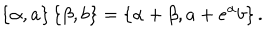
\left\{ \alpha , a \right\} \left\{ \beta , b \right\} = \left\{ \alpha + \beta , a + e ^ { \alpha } b \right\} .